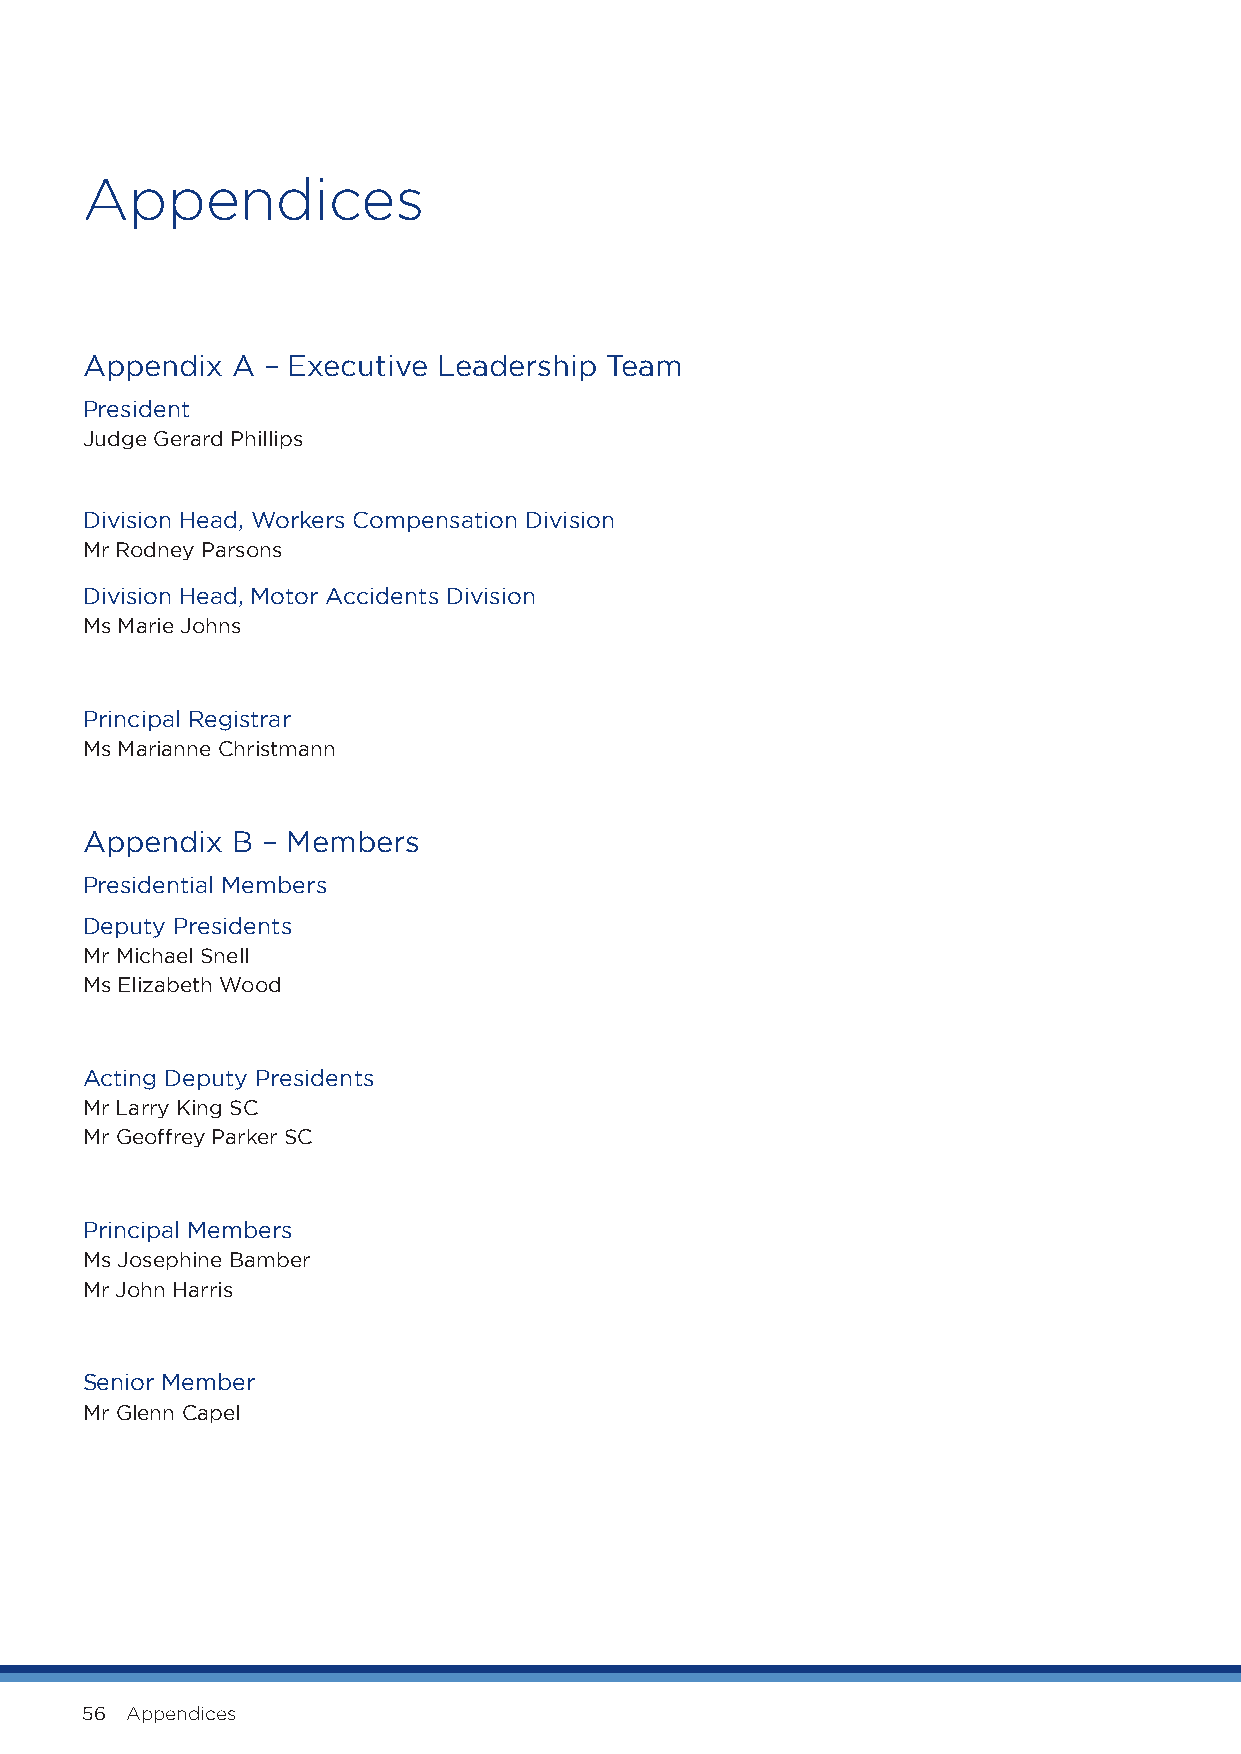
Appendices
 Appendix  A – Executive Leadership Team
 President
 Judge Gerard Phillips
 Division Head, Workers Compensation Division
 Mr Rodney Parsons
 Division Head, Motor Accidents Division
 Ms Marie Johns
 Principal Registrar
 Ms Marianne Christmann
 Appendix  B – Members
 Presidential Members
 Deputy Presidents
 Mr Michael Snell
 Ms Elizabeth Wood
 Acting Deputy Presidents
 Mr Larry King SC
 Mr Geoffrey Parker SC
 Principal Members
 Ms Josephine Bamber
 Mr John Harris
 Senior Member
 Mr Glenn Capel
 56 Appendices